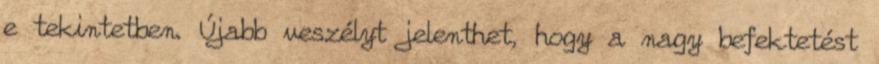
e tekintetben. Újabb veszélyt jelenthet, hogy a nagy befektetést